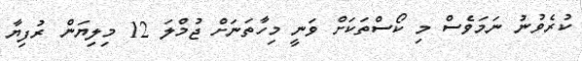
ކުރެވުނު ނަމަވެސް މި ކޯސްތަކަށް ވަނީ މިހާތަނަށް ޖުމްލަ 12 މިލިޔަން ރުފިޔާ